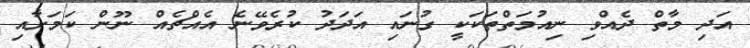
އަދި މާތް ދެއްވި ނިއުމަތްތަކަކީ ގުނައި އަދަދު ކުރެވޭނެ އެއްޗެއް ނޫން ކަމަށާއި